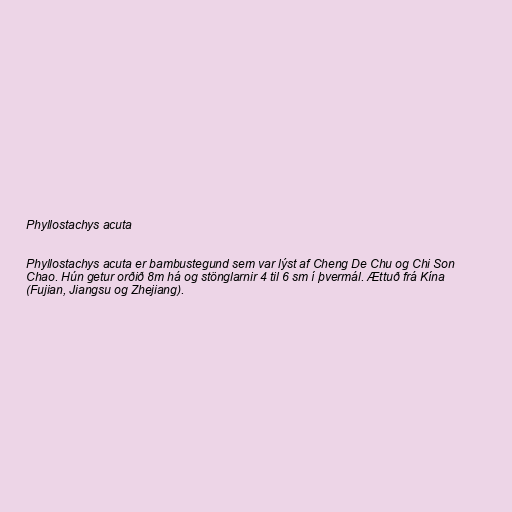
Phyllostachys acuta

Phyllostachys acuta er bambustegund sem var lýst af Cheng De Chu og Chi Son
Chao. Hún getur orðið 8m há og stönglarnir 4 til 6 sm í þvermál. Ættuð frá Kína
(Fujian, Jiangsu og Zhejiang).